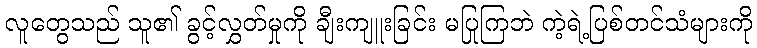
လူတွေသည် သူ၏ ခွင့်လွှတ်မှုကို ချီးကျူးခြင်း မပြုကြဘဲ ကဲ့ရဲ့ပြစ်တင်သံများကို